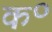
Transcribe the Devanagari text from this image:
क॰